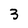
Character: 3